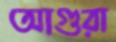
আগুরা